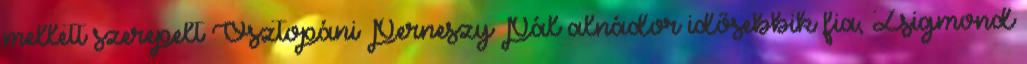
mellett szerepelt Osztopáni Perneszy Pál alnádor idősebbik fia, Zsigmond